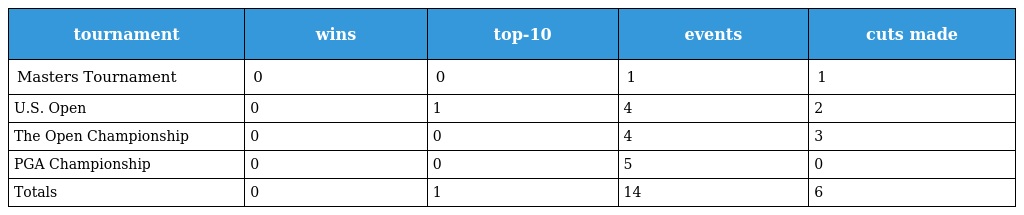
| tournament | wins | top-10 | events | cuts made |
 | --- | --- | --- | --- | --- |
 | Masters Tournament | 0 | 0 | 1 | 1 |
 | U.S. Open | 0 | 1 | 4 | 2 |
 | The Open Championship | 0 | 0 | 4 | 3 |
 | PGA Championship | 0 | 0 | 5 | 0 |
 | Totals | 0 | 1 | 14 | 6 |